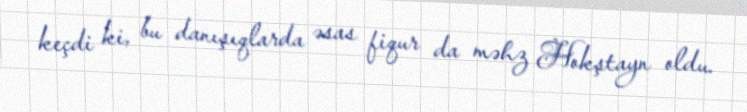
keçdi ki, bu danışıqlarda əsas fiqur da məhz Hokştayn oldu.